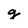
Character: g